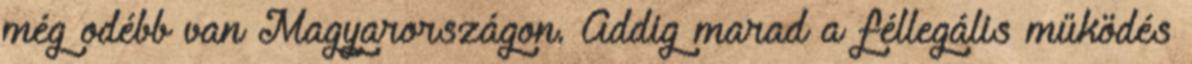
még odébb van Magyarországon. Addig marad a féllegális működés